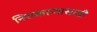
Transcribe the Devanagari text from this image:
निराकरणासाठी